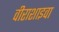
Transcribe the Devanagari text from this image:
वीराशाइवा